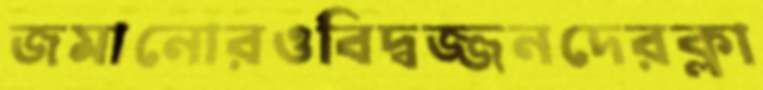
জমানোরওবিদ্বজ্জনদেরক্লা